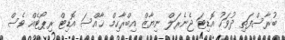
ބުރާސްފަތި ދުވަހު އޮޑިޓަ ޖެނެރަލް ނިޔާޒް އިބްރާހިމް ޚާއްސަ އޮޑިޓް ރިޕޯޓެއް ވެސް